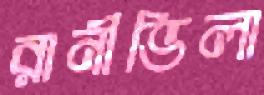
রানীভিলা